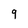
Character: 9